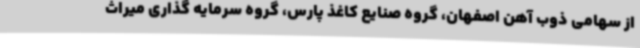
از سهامی ذوب آهن اصفهان، گروه صنایع کاغذ پارس، گروه سرمایه گذاری میراث